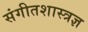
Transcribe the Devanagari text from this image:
संगीतशास्त्रज्ञ